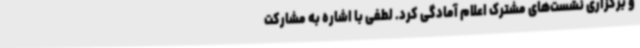
و برگزاری نشست‌های مشترک اعلام آمادگی کرد. لطفی با اشاره به مشارکت